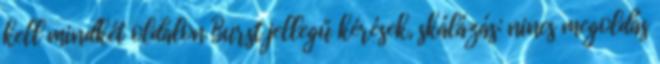
kell mindkét oldalon Burst jellegű kérések, skálázás: nincs megoldás